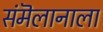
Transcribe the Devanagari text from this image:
संमॆलानाला